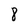
Character: 8